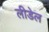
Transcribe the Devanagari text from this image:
लीडेल